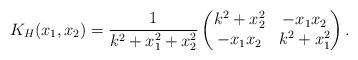
LaTeX: \begin{align*}K_H(x_1,x_2)=\frac{1}{k^2+x_1^2+x_2^2}\begin{pmatrix}k^2+x_2^2 & -x_1x_2 \\-x_1x_2 & k^2+x_1^2\end{pmatrix}.\end{align*}